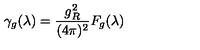
\gamma _ { g } ( \lambda ) = \frac { g _ { R } ^ { 2 } } { ( 4 \pi ) ^ { 2 } } F _ { g } ( \lambda )